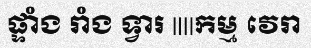
ផ្ទាំង រាំង ទ្វារ ||||កម្ម វេរា